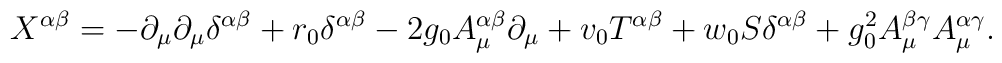
X^{\alpha \beta} =  - \partial_\mu \partial_\mu \delta^{\alpha \beta}   + r_0 \delta^{\alpha \beta}- 2 g_0 A_\mu^{\alpha \beta} \partial_\mu + v_0 T^{\alpha \beta} + w_0 S \delta^{\alpha \beta} +     g_0^2 A_\mu^{\beta \gamma} A_\mu^{\alpha \gamma}.